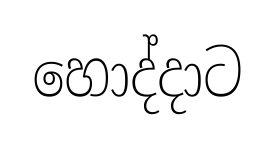
හොද්දාට